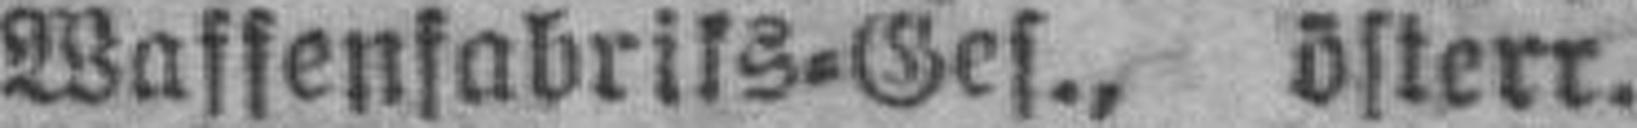
Waffenfabriks=Ges., österr.